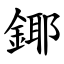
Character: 鎁